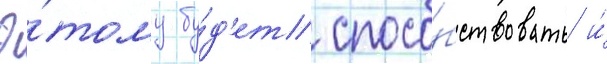
Э́тому бу́д'ет спосо́бствовать и́